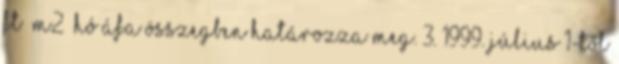
Ft m2 hó ÁFA összegben határozza meg. 3. 1999. július 1-től